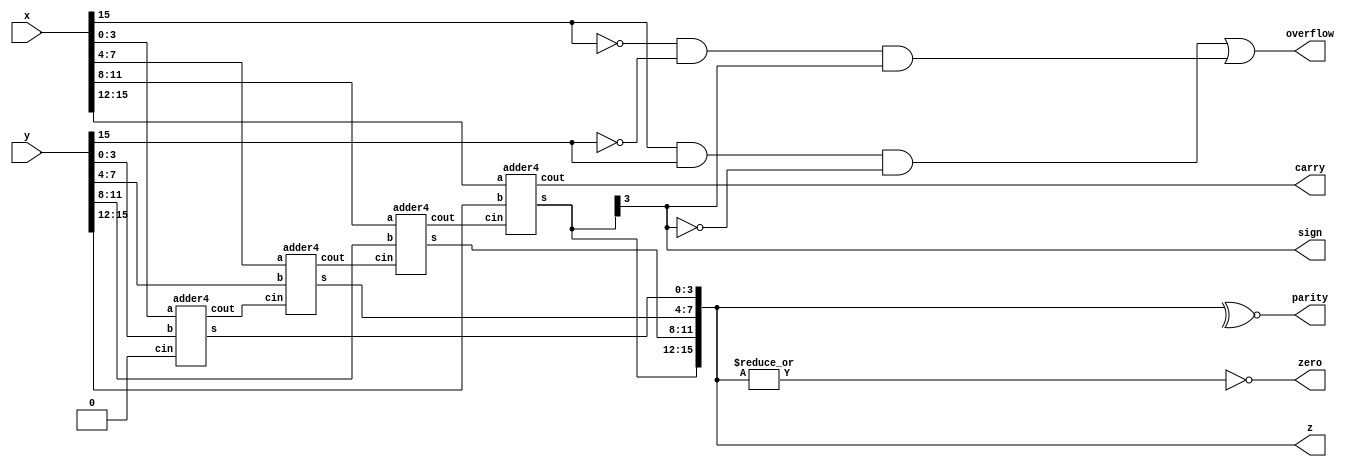
//16-bit adder using 4-bit adder block:source code
/*Generation of status flag:
sign = whether sume is positive or negative
zero = whether sum is zero
carry = whether there is a carry out of last stage 
parity = whether number of 1's in sum is even or odd
overflow = whether sum cannot fit in 16-bits 
*/

module ALU(x,y,z,sign,zero,carry,parity,overflow);
input [15:0] x,y;
output [15:0] z;
output sign,zero,carry,parity,overflow;
wire c[3:1];
assign sign=z[15];
assign zero=~|z;
assign parity= ~^z;
assign overflow=(x[15]&y[15]&~z[15]) | (~x[15] & ~y[15] & z[15]);

adder4 A0(z[3:0], c[1], x[3:0],y[3:0],1'b0);
adder4 A1(z[7:4], c[2], x[7:4],y[7:4],c[1]);
adder4 A2(z[11:8], c[3], x[11:8],y[11:8],c[2]);
adder4 A3(z[15:12], carry, x[15:12],y[15:12],c[3]);
endmodule

module adder4(s,cout,a,b,cin);
input[3:0] a,b;
input cin;
output [3:0] s;
output cout;
assign {cout,s}=a+b+cin;
endmodule